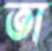
তা